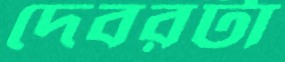
দেবরটা